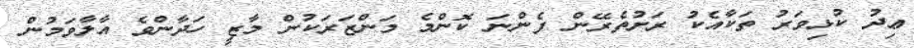
ޢިދު ކުޅިވަރު ތަކާއެކު ރަށުތެރޭން ފެންނަ ކޮންމެ މަންޒަރަކުން މާޒީ ހަދާންވެ އާލާވަމުން